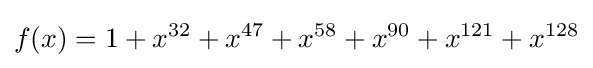
f(x)=1+x^{32}+x^{47}+x^{58}+x^{90}+x^{121}+x^{128}